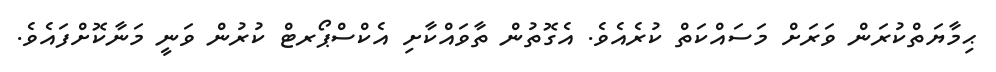
ޙިމާޔަތްކުރަން ވަރަށް މަސައްކަތް ކުރެއެވެ. އެގޮތުން ތާވައްކާށި އެކްސްޕޯރޓް ކުރުން ވަނީ މަނާކޮށްފައެވެ.